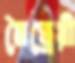
মৈত্রেয়ী